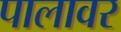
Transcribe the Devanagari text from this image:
पालावर